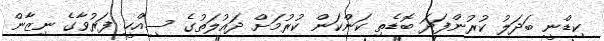
ކިޑްނީ ބަދަލު ކުރުންފަދަ ބޮޑެތި ކަންކަން ކުރުމަށް ދައުލަތުގެ ސިއްހީ ފަރުވާގެ ނިޒާން